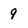
Character: 9